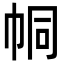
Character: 𢂓